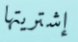
إشتريتها